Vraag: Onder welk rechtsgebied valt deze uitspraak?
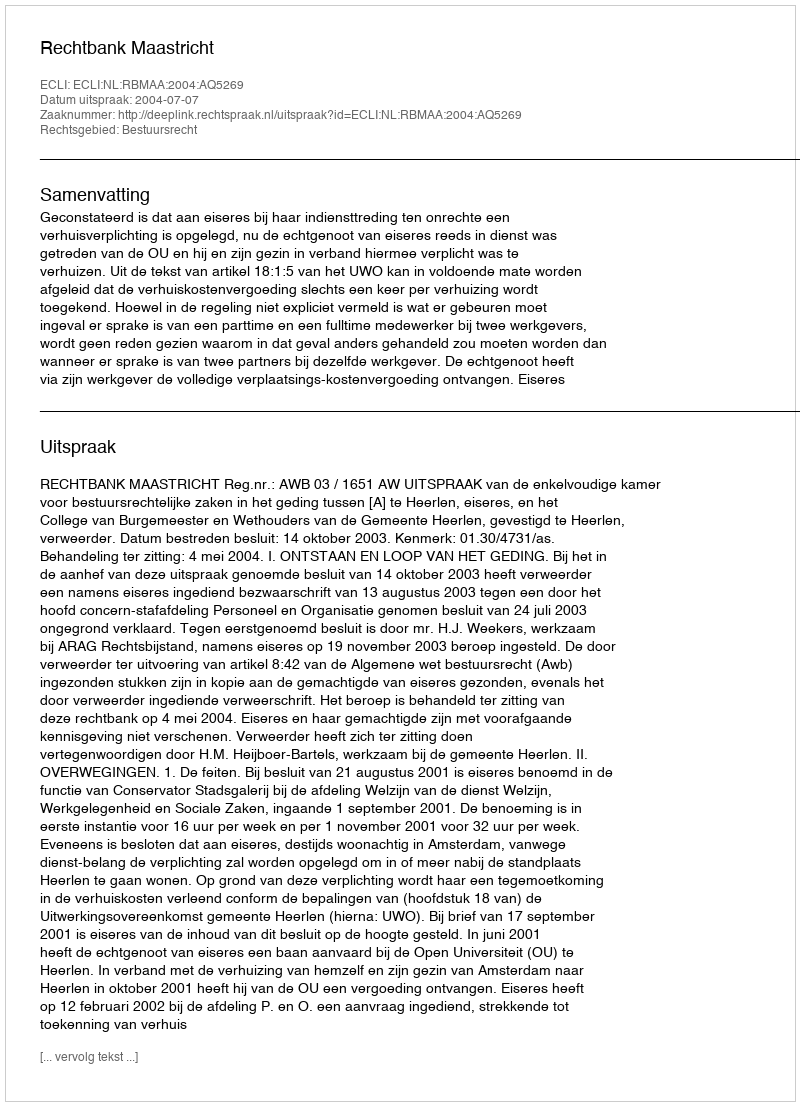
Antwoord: Bestuursrecht